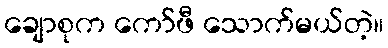
ချောစုက ကော်ဖီ သောက်မယ်တဲ့။